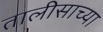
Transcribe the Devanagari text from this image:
तालीसाच्या